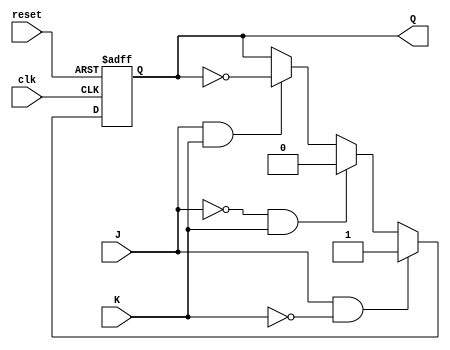
module JK_flipflop (
    input wire clk,
    input wire J,
    input wire K,
    input wire reset,
    output reg Q
);

always @(posedge clk or posedge reset) begin
    if (reset) begin
        Q <= 1'b0; // Predefined state when reset is high
    end else begin
        if (J & ~K) begin
            Q <= 1'b1; // Set Q to 1
        end else if (~J & K) begin
            Q <= 1'b0; // Reset Q to 0
        end else if (J & K) begin
            Q <= ~Q; // Toggle Q
        end
    end
end

endmodule